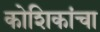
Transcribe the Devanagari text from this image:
कोशिकांचा